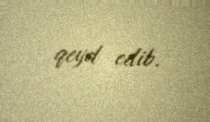
qeyd edib.